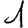
Digit: 1